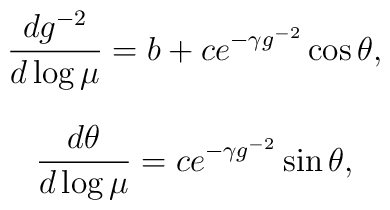
\frac{d g^{-2}}{d \log\mu} = b + c e^{-\gamma g^{-2}}\cos\theta ,$$$$\frac{d\theta}{d\log\mu} = c e^{-\gamma g^{-2}}\sin\theta ,